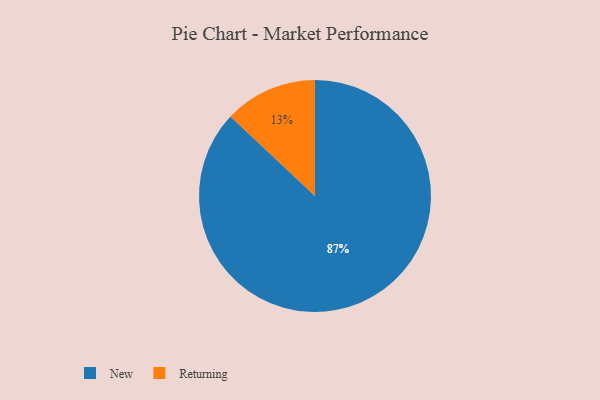
{"axis": {"x": "Category", "y": "Percentage"}, "legend": ["New", "Returning"], "data": [{"x": "Returning", "y": 13, "type": "Returning"}, {"x": "New", "y": 87, "type": "New"}]}